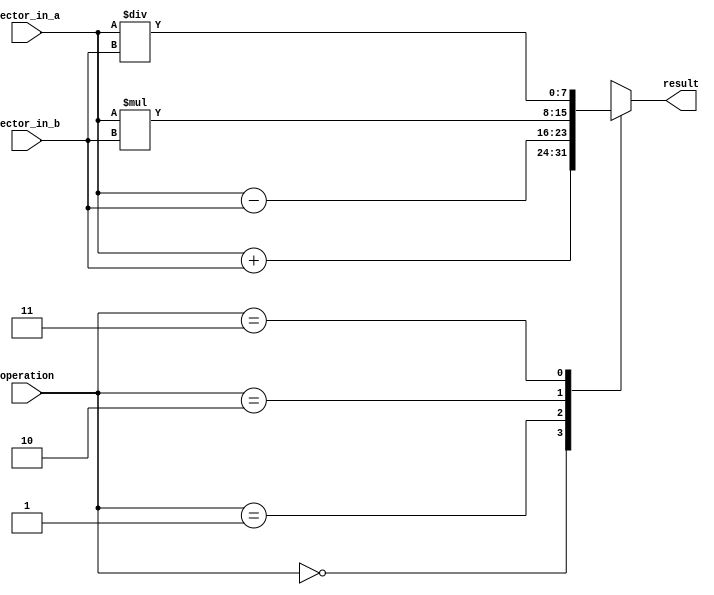
module Vector_ALU (
    input [7:0] vector_in_a, 
    input [7:0] vector_in_b,
    input [1:0] operation,
    output reg [7:0] result
);

always @(*)
begin
    case(operation)
        2'b00: result = vector_in_a + vector_in_b; // addition operation
        2'b01: result = vector_in_a - vector_in_b; // subtraction operation
        2'b10: result = vector_in_a * vector_in_b; // multiplication operation
        2'b11: result = vector_in_a / vector_in_b; // division operation
    endcase
end

endmodule